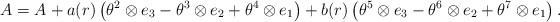
LaTeX: \begin{align*} A=A^{}_{}+a(r)\left(\theta^{2}\otimes e_{3}-\theta^{3}\otimes e_{2}+\theta^{4}\otimes e_{1}\right)+b(r)\left(\theta^{5}\otimes e_{3}-\theta^{6}\otimes e_{2}+\theta^{7}\otimes e_{1}\right).\end{align*}